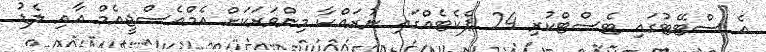
އެ ސްޓޭޓުގައި ޓެސްޓްކުރި 24 ޕެކެޓެއްގައި ނުރައްކާ މިންވަރަކަށް އެމްއެސްޖީއެމް އާއި ލެޑު